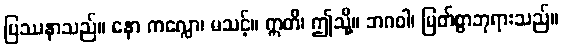
ပြဿနာသည်။ နော ကလ္လော၊ မသင့်။ ဣတိ၊ ဤသို့။ ဘဂဝါ၊ မြတ်စွာဘုရားသည်။